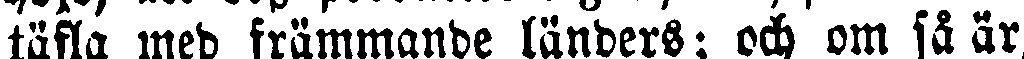
täfla med främmande länders; och om få är,